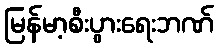
မြန်မာ့စီးပွားရေးဘဏ်